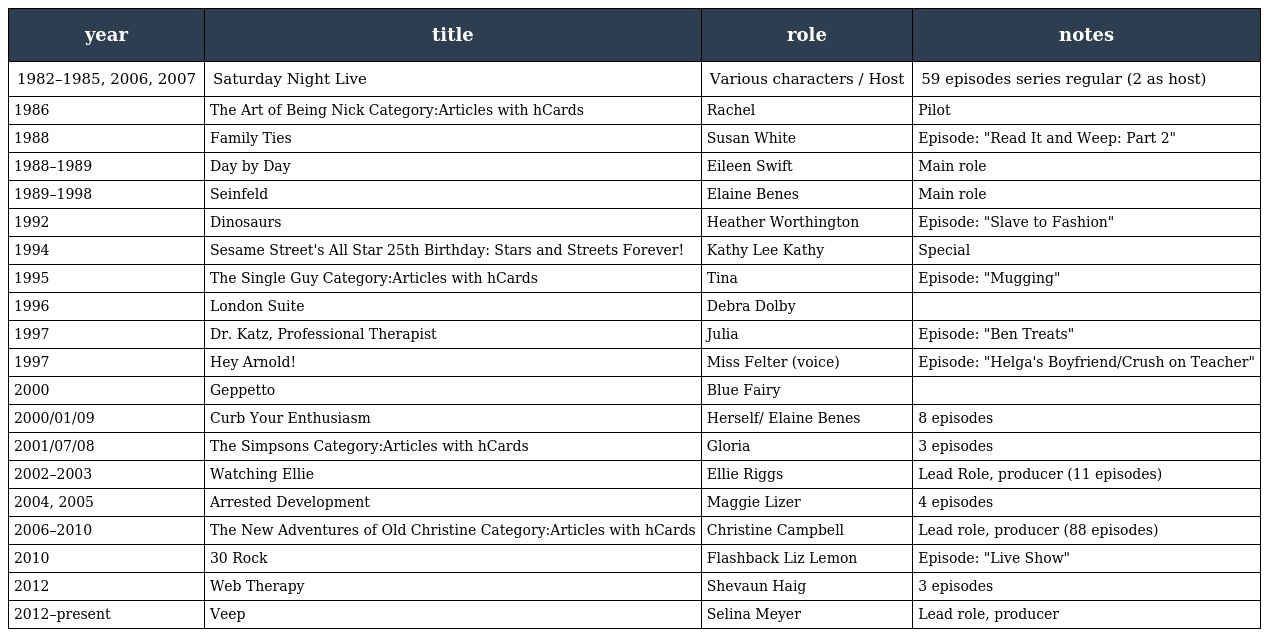
| year | title | role | notes |
 | --- | --- | --- | --- |
 | 1982–1985, 2006, 2007 | Saturday Night Live | Various characters / Host | 59 episodes series regular (2 as host) |
 | 1986 | The Art of Being Nick Category:Articles with hCards | Rachel | Pilot |
 | 1988 | Family Ties | Susan White | Episode: "Read It and Weep: Part 2" |
 | 1988–1989 | Day by Day | Eileen Swift | Main role |
 | 1989–1998 | Seinfeld | Elaine Benes | Main role |
 | 1992 | Dinosaurs | Heather Worthington | Episode: "Slave to Fashion" |
 | 1994 | Sesame Street's All Star 25th Birthday: Stars and Streets Forever! | Kathy Lee Kathy | Special |
 | 1995 | The Single Guy Category:Articles with hCards | Tina | Episode: "Mugging" |
 | 1996 | London Suite | Debra Dolby |  |
 | 1997 | Dr. Katz, Professional Therapist | Julia | Episode: "Ben Treats" |
 | 1997 | Hey Arnold! | Miss Felter (voice) | Episode: "Helga's Boyfriend/Crush on Teacher" |
 | 2000 | Geppetto | Blue Fairy |  |
 | 2000/01/09 | Curb Your Enthusiasm | Herself/ Elaine Benes | 8 episodes |
 | 2001/07/08 | The Simpsons Category:Articles with hCards | Gloria | 3 episodes |
 | 2002–2003 | Watching Ellie | Ellie Riggs | Lead Role, producer (11 episodes) |
 | 2004, 2005 | Arrested Development | Maggie Lizer | 4 episodes |
 | 2006–2010 | The New Adventures of Old Christine Category:Articles with hCards | Christine Campbell | Lead role, producer (88 episodes) |
 | 2010 | 30 Rock | Flashback Liz Lemon | Episode: "Live Show" |
 | 2012 | Web Therapy | Shevaun Haig | 3 episodes |
 | 2012–present | Veep | Selina Meyer | Lead role, producer |